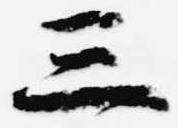
三